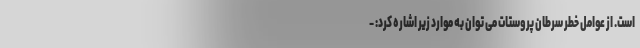
است. از عوامل خطر سرطان پروستات می توان به موارد زیر اشاره کرد: -